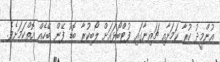
އުންމީދު ކުރާ ކަމަށާއި ޗައިނާގައި ފުޓްބޯޅައަށް ލޯބިކުރާ ބޮޑު ފޭން ބޭހެއް އޮތްކަމަށެވެ.